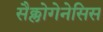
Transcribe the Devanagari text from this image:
सैक्लोगेनेसिस